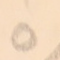
٥